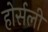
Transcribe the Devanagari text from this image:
होर्सली